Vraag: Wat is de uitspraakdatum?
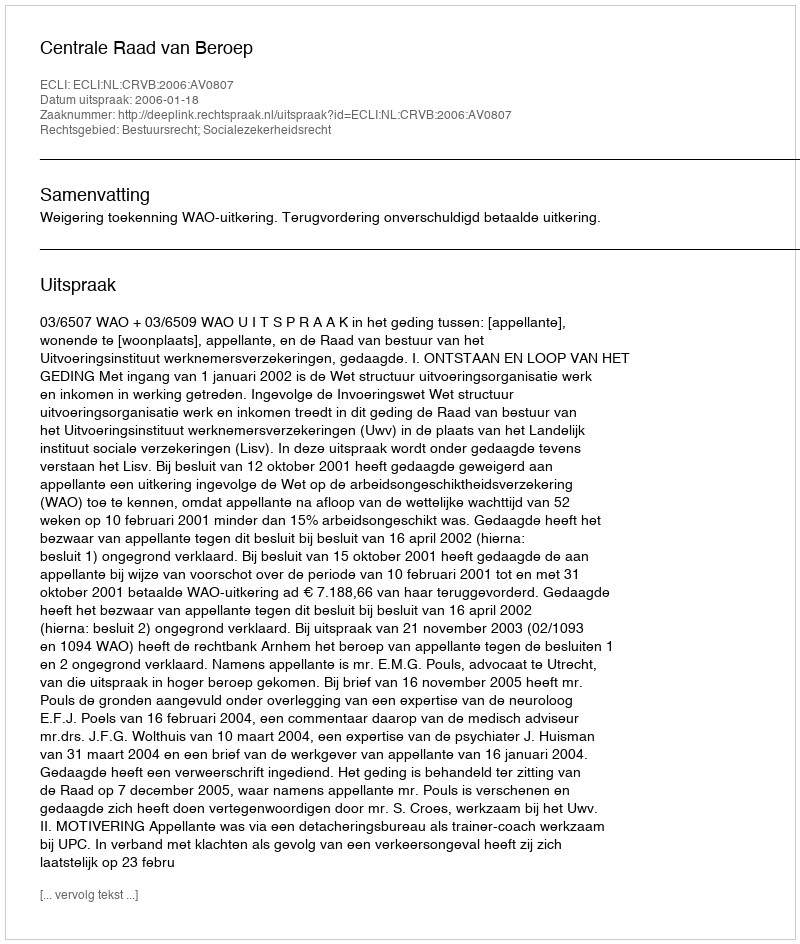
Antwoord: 2006-01-18